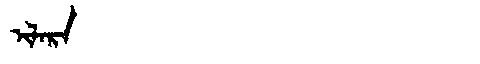
Manchu: ᡳᠯᠠᡵᠠ
Romanization: ILARA